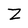
Character: Z